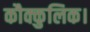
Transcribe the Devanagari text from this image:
कौक्कुलिक।